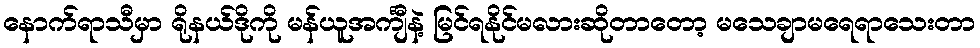
နောက်ရာသီမှာ ရိုနယ်ဒိုကို မန်ယူအင်္ကျီနဲ့ မြင်ရနိုင်မလားဆိုတာတော့ မသေချာမရေရာသေးတာ